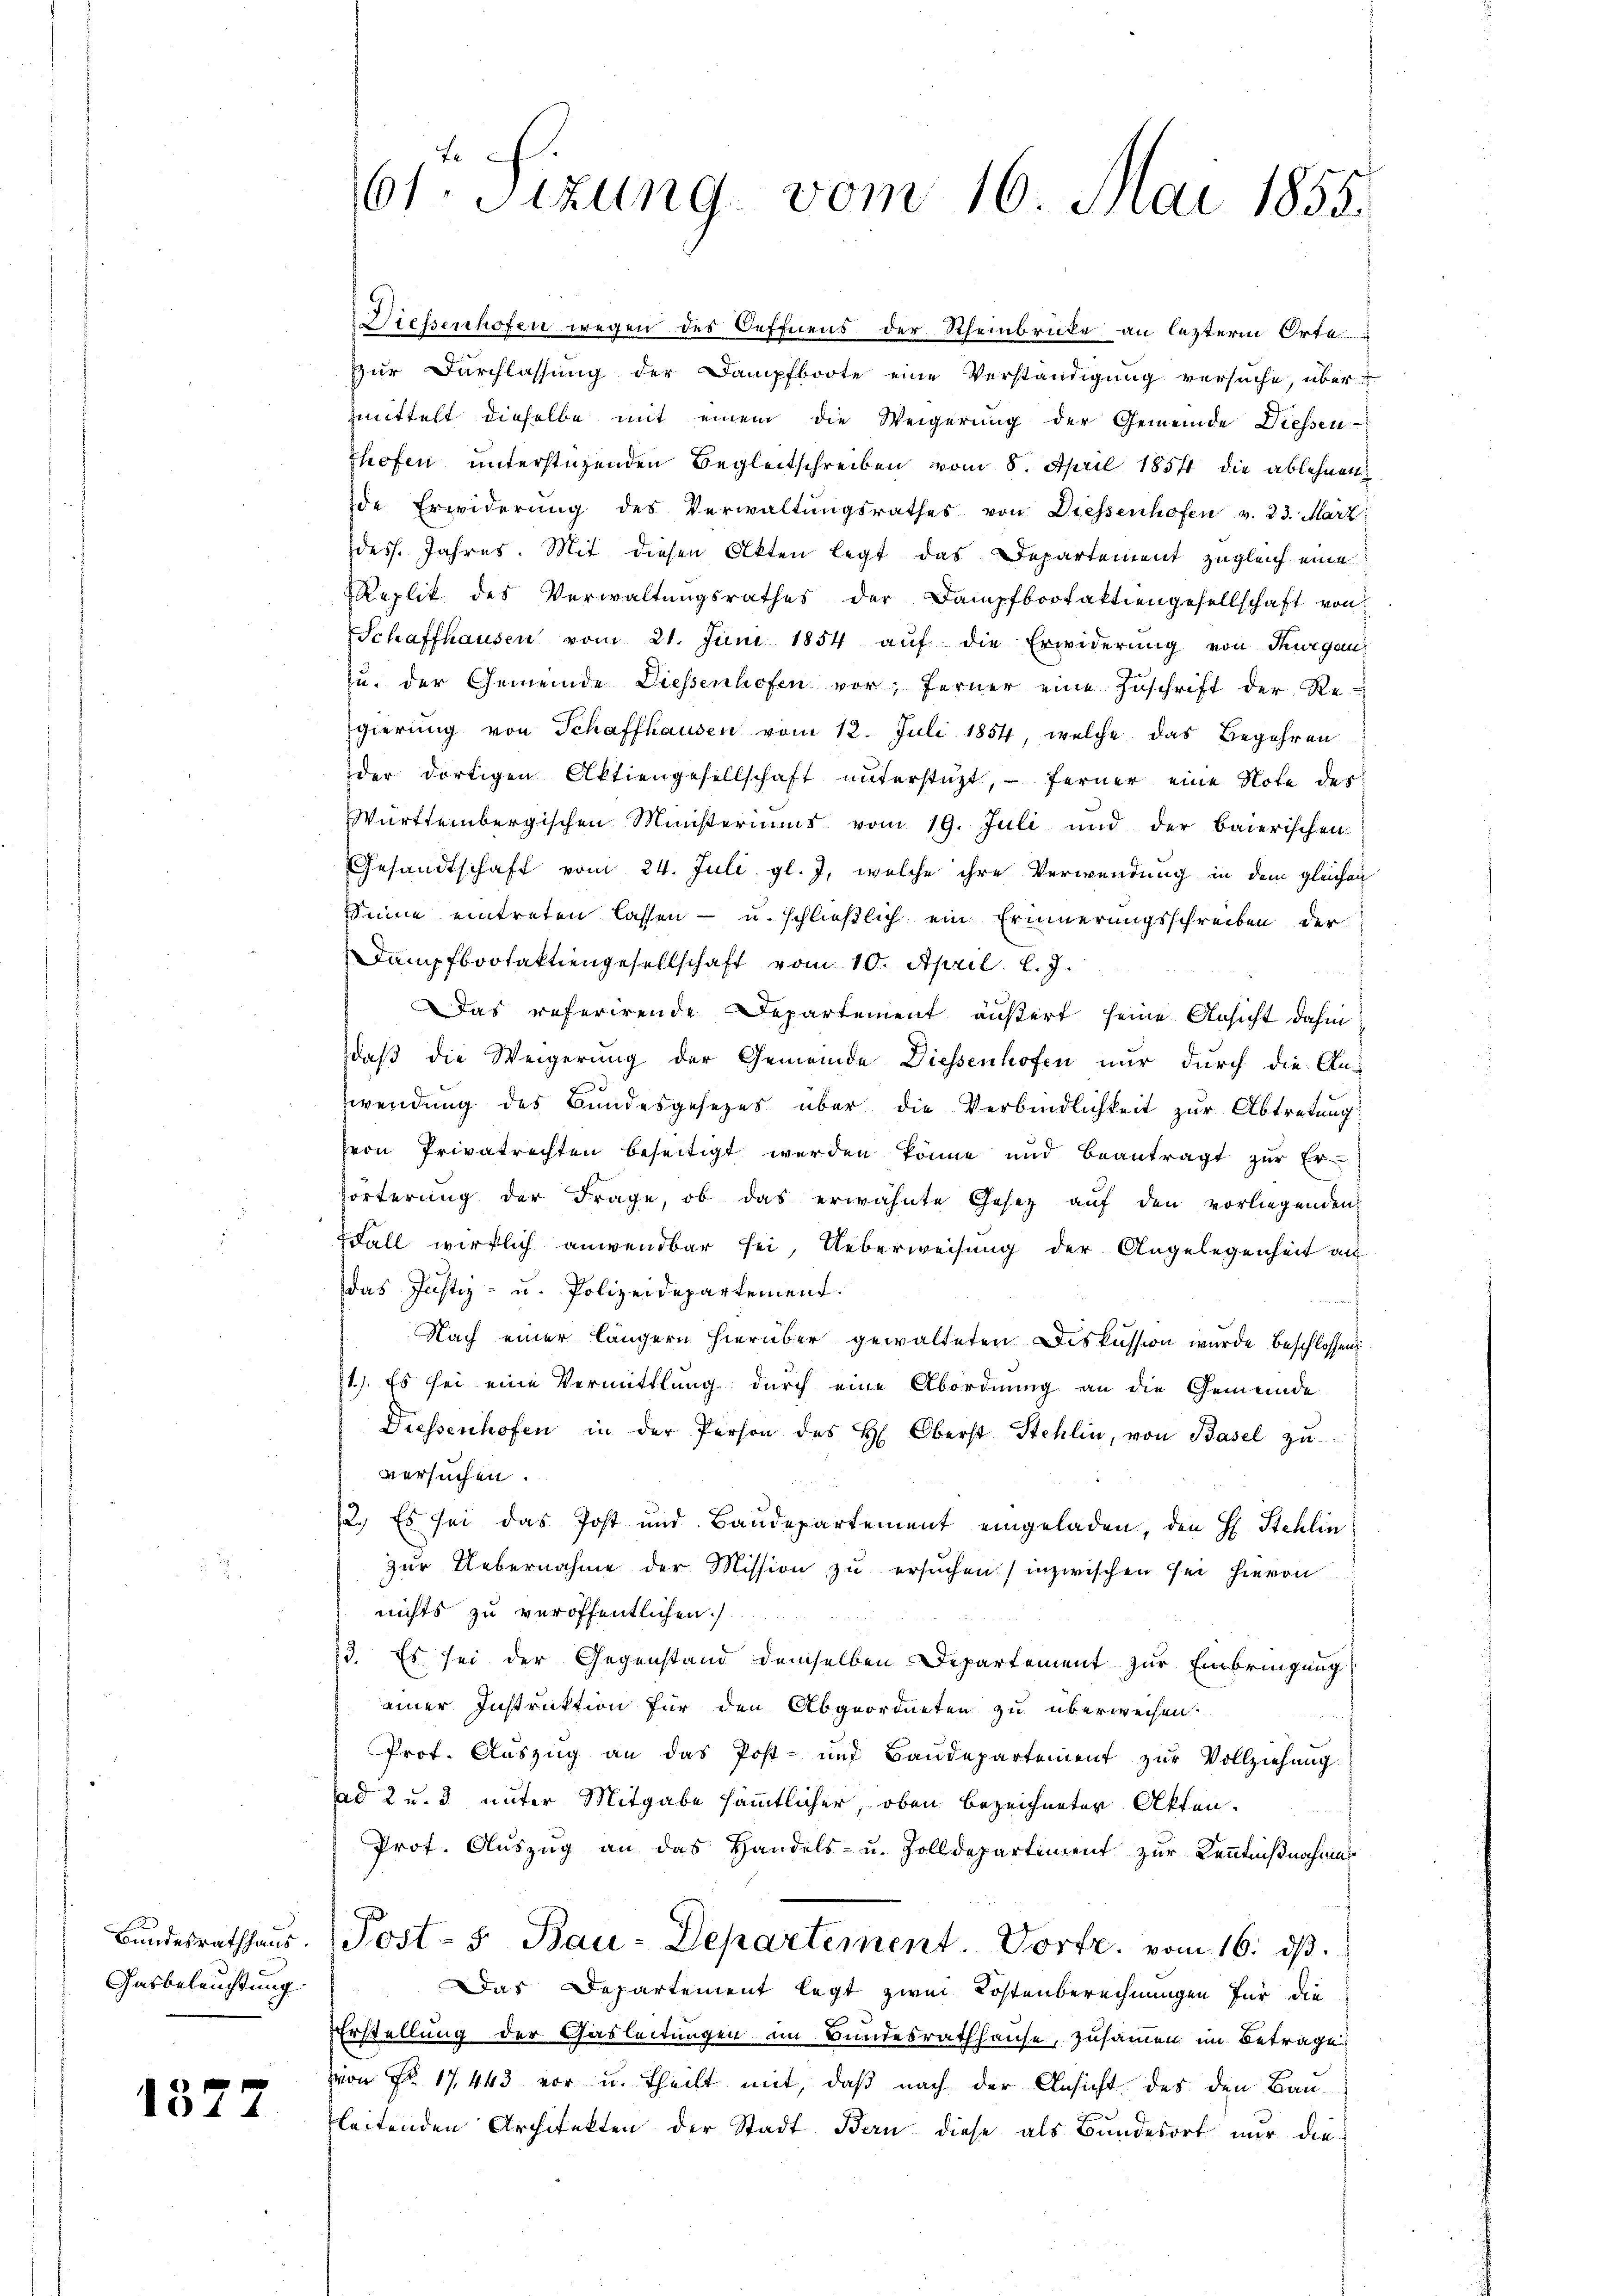
Gasbeleuchtung.

1377

61. Sizung vom 16. Mai 1855.

Diessenhofen wegen des Oeffnens der Rheinbrücke an lezterm Orte
zur Durchlassung der Dampfboote eine Verständigung versuche, übermmittelt dieselbe mit einem die Weigerung der Gemeinde Diessen-
hofen unterstüzenden Begleitschreiben vom 8. April 1854 die ablehnen
de Erwiderung des Verwaltŭngsrathes von Diessenhofen v. 23. März
des. Jahres. Mit diesen Akten legt das Departement zugleich eine
Replik des Verwaltungsrathes der Dampfbrotaktiengesellschaft von
Schaffhausen vom 21. Juni 1854 aŭf die Erwiderŭng von Thurgau
zu. der Gemeinde Diessenhofen vor; ferner eine Zuschrift der Re-
Egierung von Schaffhausen vom 12. Juli 1854, welche das Begehren
der dortigen Aktiengesellschaft unterstüzt, - ferner eine Note des
Württembergischen Ministeriums vom 19. Juli und der baierischen
Gesandtschaft vom 24. Juli gl. J. welche ihre Verwendung in dem gleichen
Sinne eintreten lassen - u. schließlich ein Erinnerungsschreiben der
Dampfboofaktiengesellschaft vom 10. April l. J.
 25. 229
Das referirende Departement äußert seine Ansicht dahin:
daß die Weigerung der Gemeinde Diessenhofen nur durch die An-
wendung des Bundesgesezes über die Verbindlichkeit zur Abtretung
zvon Privatrechten beseitigt werden könne und beantragt zur Er-
förterung der Frage, ob das erwähnte Gesetz auf den vorliegenden
Fall wirklich anwendbar sei. Ueberweisung der Angelegenheit au
das Justiz- u. Polizeidepartement.
Nach einer längern hierüber gewalteten Diskussion wurde beschlossen
71.) Es sei eine Vermittlung durch eine Abordnung an die Gemeinde
Diessenhofen in der Person des H. Oberst Stehlin, von Basel zŭ
versuchen.
22.) Es sei das Post und Baudepartement eingeladen, den H. Stehlin
zur Uebernahme der Mission zu ersuchen inzwischen sei hievon
nichts zu veröffentlichen)
33. Es sei der Gegenstand demselben Departement zur Einbringung
einer Instruktion für den Abgeordneten zu überweisen.
Prof. Auszug an das Post- und Baudepartement zur Vollziehung.
ad 2 u. 3 unter Mitgabe sämmtlicher, oben bezeichneter Akten.
Prof. Auszug an das Handels- u. Zolldepartiment zur Kenntnißnahmes
Bŭndesrathhaŭs. Post- 5. Bau-Departement. Vorte. vom 16. dβ.
Das Departement legt zwei Kostenberechnungen für die
Erstellung der Gasleitungen im Bundesrathhause, zusammen im Betrage!
von Fr. 17443 vor u. theilt mit, daß nach der Ansicht des den Bau-
leitenden Architekten der Stadt Bern diese als Bundesort nur die